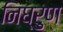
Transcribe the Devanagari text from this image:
निघ्रुण